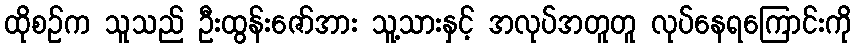
ထိုစဉ်က သူသည် ဦးထွန်းဇော်အား သူ့သားနှင့် အလုပ်အတူတူ လုပ်နေရကြောင်းကို